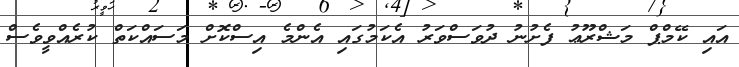
އައި ކޭމްޕް މަޝްރޫޢު ފެށުނު ދުވަސްވަރު އެކަމުގައި އެންމެ އިސްކޮށް މަސައްކަތް ކުރެއްވީވެސް